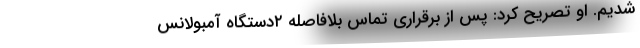
شدیم. او تصریح کرد: پس از برقراری تماس بلافاصله ۲دستگاه آمبولانس